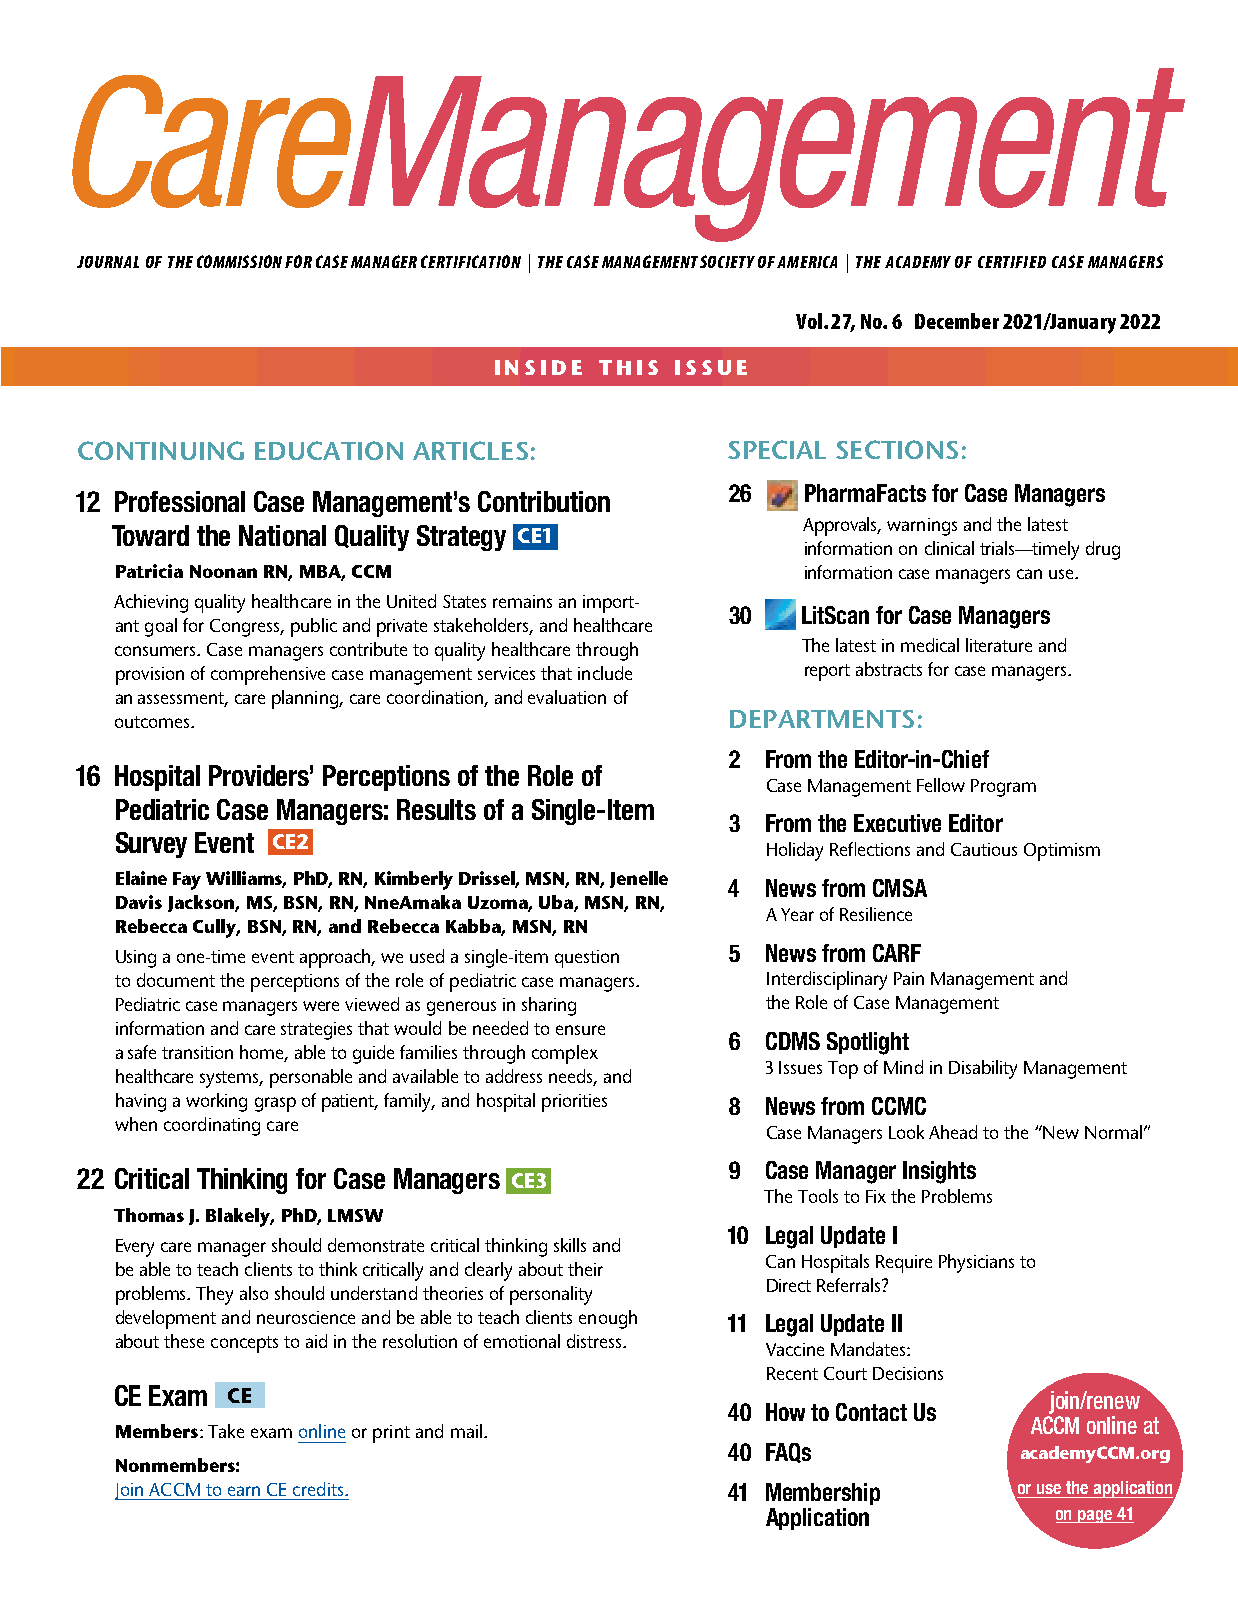
JOURNAL OF THE COMMISSION FOR CASE MANAGER CERTIFICATION | THE CASE MANAGEMENT SOCIETY OF AMERICA | THE ACADEMY OF CERTIFIED CASE MANAGERS
 Vol. 27, No. 6 December 2021/January 2022
 INSIDE THIS ISSUE
 CONTINUING  EDUCATION ARTICLES:            SPECIAL SECTIONS:
 26   PharmaFacts for Case Managers
 12 Professional Case Management’s Contribution
 Toward the National Quality Strategy CE1      Approvals, warnings and the latest
 information on clinical trials—timely drug
 Patricia Noonan RN, MBA, CCM                 information case managers can use.
 Achieving quality healthcare in the United States remains an import-
 30   LitScan for Case Managers
 ant goal for Congress, public and private stakeholders, and healthcare
 consumers. Case managers contribute to quality healthcare through The latest in medical literature and
 provision of comprehensive case management services that include report abstracts for case managers.
 an assessment, care planning, care coordination, and evaluation of
 outcomes.                               DEPARTMENTS:
 2  From the Editor-in-Chief
 16 Hospital Providers’ Perceptions of the Role of
 Case Management Fellow Program
 Pediatric Case Managers: Results of a Single-Item
 3  From the Executive Editor
 Survey Event CE2
 Holiday Reflections and Cautious Optimism
 Elaine Fay Williams, PhD, RN, Kimberly Drissel, MSN, RN, Jenelle
 4  News from CMSA
 Davis Jackson, MS, BSN, RN, NneAmaka Uzoma, Uba, MSN, RN,
 A Year of Resilience
 Rebecca Cully, BSN, RN, and Rebecca Kabba, MSN, RN
 5  News from CARF
 Using a one-time event approach, we used a single-item question
 to document the perceptions of the role of pediatric case managers. Interdisciplinary Pain Management and
 Pediatric case managers were viewed as generous in sharing the Role of Case Management
 information and care strategies that would be needed to ensure
 6  CDMS Spotlight
 a safe transition home, able to guide families through complex
 3 Issues Top of Mind in Disability Management
 healthcare systems, personable and available to address needs, and
 having a working grasp of patient, family, and hospital priorities 8 News from CCMC
 when coordinating care
 Case Managers Look Ahead to the “New Normal”
 9  Case Manager Insights
 22 Critical Thinking for Case Managers CE3
 The Tools to Fix the Problems
 Thomas J. Blakely, PhD, LMSW
 10 Legal Update I
 Every care manager should demonstrate critical thinking skills and
 C an Hospitals Require Physicians to
 be able to teach clients to think critically and clearly about their
 Direct Referrals?
 problems. They also should understand theories of personality
 development and neuroscience and be able to teach clients enough 11 Legal Update II
 about these concepts to aid in the resolution of emotional distress.
 Vaccine Mandates:
 Recent Court Decisions
 CE Exam CE                                                    join/renew
 40 How to Contact Us
 ACCM online at
 Members: Take exam online or print and mail.
 40 FAQs            academyCCM.org
 Nonmembers:
 Join ACCM to earn CE credits.           41 Membership      or use the application
 Application        on page 41